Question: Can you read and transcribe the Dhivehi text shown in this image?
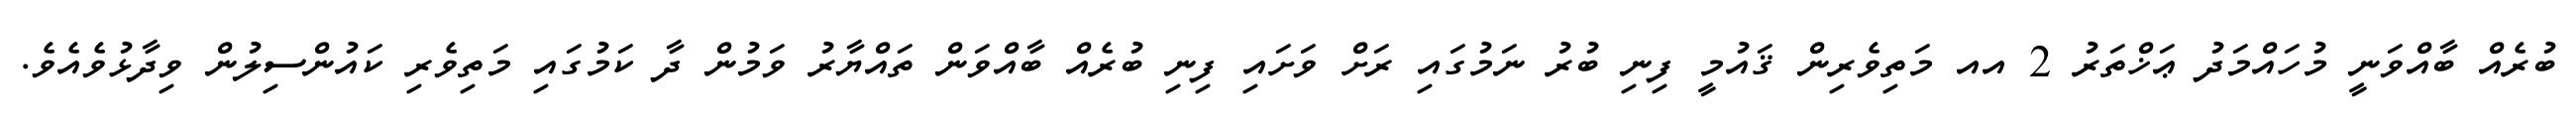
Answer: ބުރެއް ބާއްވަނީ މުހައްމަދު ޢަޚްތަރު 2 އއ މަތިވެރިން ޤައުމީ ފިނި ބުރު ނަމުގައި ރަށް ވަށައި ފިނި ބުރެއް ބާއްވަން ތައްޔާރު ވަމުން ދާ ކަމުގައި މަތިވެރި ކައުންސިލުން ވިދާޅުވެއެވެ.